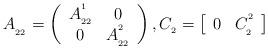
LaTeX: \begin{align*}\ A_{_{_{22}}}=\left(\begin{array}{cc}A_{_{22}}^{^{1}} & 0 \\0 & A_{_{22}}^{^{2}}\end{array}\right) ,C_{_{2}}=\left[\begin{array}{cc}0 & C_{_{2}}^{^{2}}\end{array}\right]\end{align*}